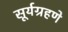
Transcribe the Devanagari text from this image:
सूर्यग्रहणे